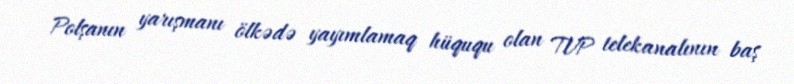
Polşanın yarışmanı ölkədə yayımlamaq hüququ olan TVP telekanalının baş